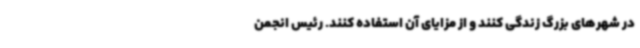
در شهرهای بزرگ زندگی کنند و از مزایای آن استفاده کنند. رئیس انجمن